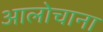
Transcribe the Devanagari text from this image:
आलोचाना